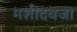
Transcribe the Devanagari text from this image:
मशीदवजा